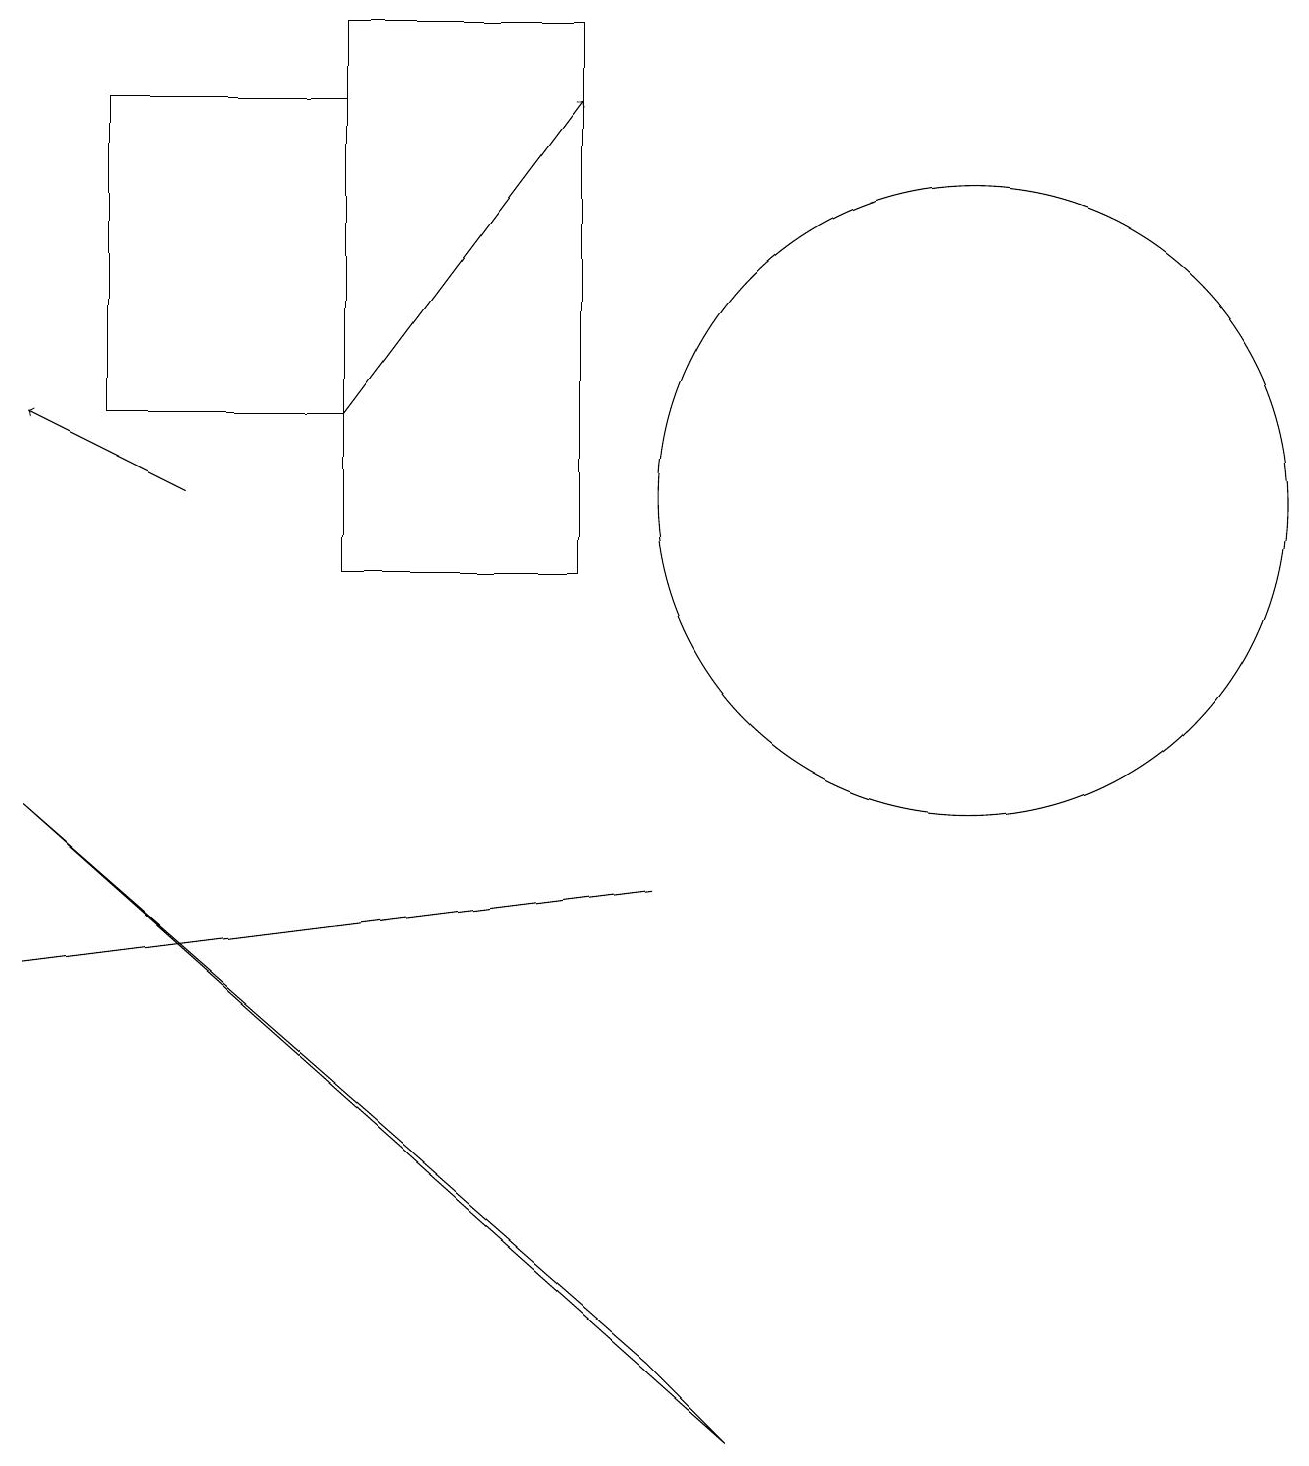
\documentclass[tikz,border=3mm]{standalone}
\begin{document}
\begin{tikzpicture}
\draw (4,11) rectangle (7,18);
\draw[->] (4,13) -- (7,17);
\draw (8,7) -- (8,7) -- (0,6) -- cycle;
\draw (10,11) circle (0);
\draw (12,12) circle (4);
\draw[->] (2,12) -- (0,13);
\draw (9,0) -- (8,1) -- (0,8) -- cycle;
\draw (4,17) rectangle (1,13);
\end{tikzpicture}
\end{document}